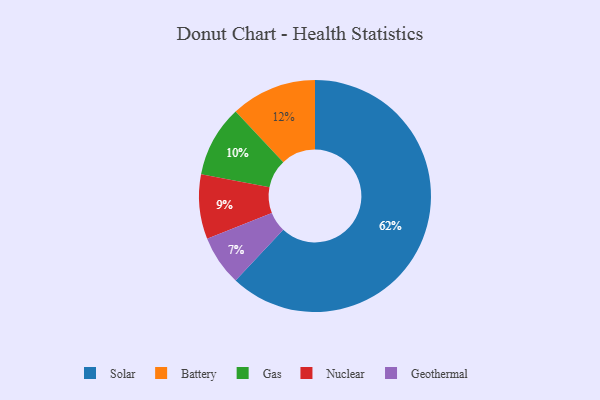
{"axis": {"x": "Category", "y": "Percentage"}, "legend": ["Battery", "Gas", "Geothermal", "Nuclear", "Solar"], "data": [{"x": "Geothermal", "y": 7, "type": "Geothermal"}, {"x": "Solar", "y": 62, "type": "Solar"}, {"x": "Nuclear", "y": 9, "type": "Nuclear"}, {"x": "Battery", "y": 12, "type": "Battery"}, {"x": "Gas", "y": 10, "type": "Gas"}]}